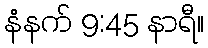
နံနက် 9:45 နာရီ။